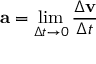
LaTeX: \mathbf { a } = \operatorname* { l i m } _ { \Delta t \to 0 } { \frac { \Delta \mathbf { v } } { \Delta t } }